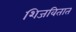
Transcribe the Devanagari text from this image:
शिजवितात